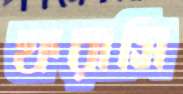
ফরাসি